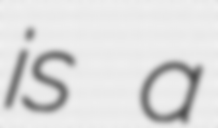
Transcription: is a